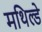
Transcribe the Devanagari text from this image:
मथिल्डे